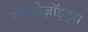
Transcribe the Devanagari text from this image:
स्पोरोज़ॉइट्स